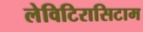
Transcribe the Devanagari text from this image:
लेविटिरासिटाम